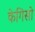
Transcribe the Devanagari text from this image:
केगिसो